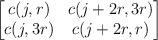
LaTeX: \begin{align*}\begin{bmatrix}c(j,r)&c(j+2r,3r)\\c(j,3r)&c(j+2r,r)\end{bmatrix}\end{align*}